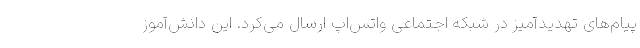
پیام‌های تهدیدآمیز در شبکه اجتماعی واتس‌اپ ارسال می‌کرد. این دانش‌آموز